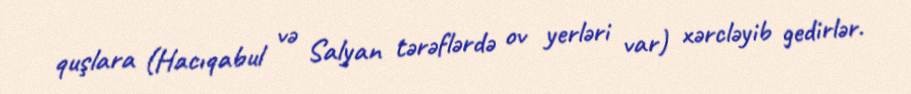
quşlara (Hacıqabul və Salyan tərəflərdə ov yerləri var) xərcləyib gedirlər.